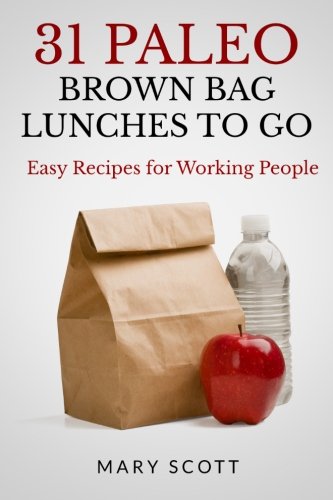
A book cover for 31 Paleo Brown Bag Lunches to Go: Easy Recipes for Working People (Volume 2); Mary R Scott; Cookbooks, Food & Wine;